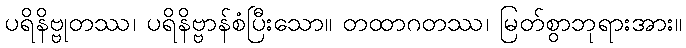
ပရိနိဗ္ဗုတဿ၊ ပရိနိဗ္ဗာန်စံပြီးသော။ တထာဂတဿ၊ မြတ်စွာဘုရားအား။